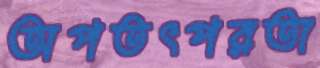
অপতৎপরতা